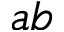
a b